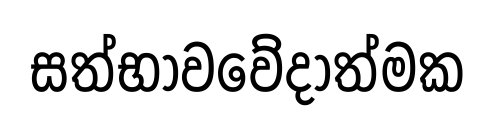
සත්භාවවේදාත්මක